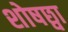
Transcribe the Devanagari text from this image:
शोषछ्वा